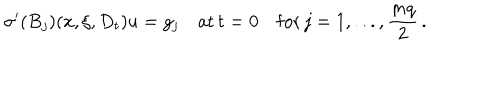
{ \sigma } ^ { \prime } ( B _ { j } ) ( x , \xi , D _ { t } ) u = g _ { j } \quad \mathrm { a t } \, t = 0 \quad \mathrm { f o r } \, j = 1 , . . . , \frac { m q } { 2 } \, .